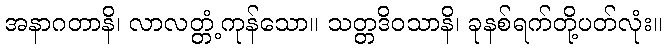
အနာဂတာနိ၊ လာလတ္တံ့ကုန်သော။ သတ္တဒိဝသာနိ၊ ခုနစ်ရက်တို့ပတ်လုံး။